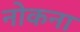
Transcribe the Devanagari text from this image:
नोकना